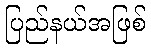
ပြည်နယ်အဖြစ်